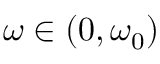
\omega \in ( 0 , \omega _ { 0 } )